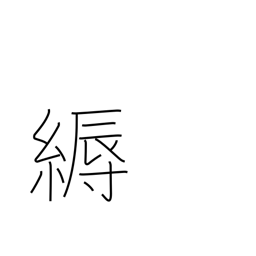
Meaning: decoration